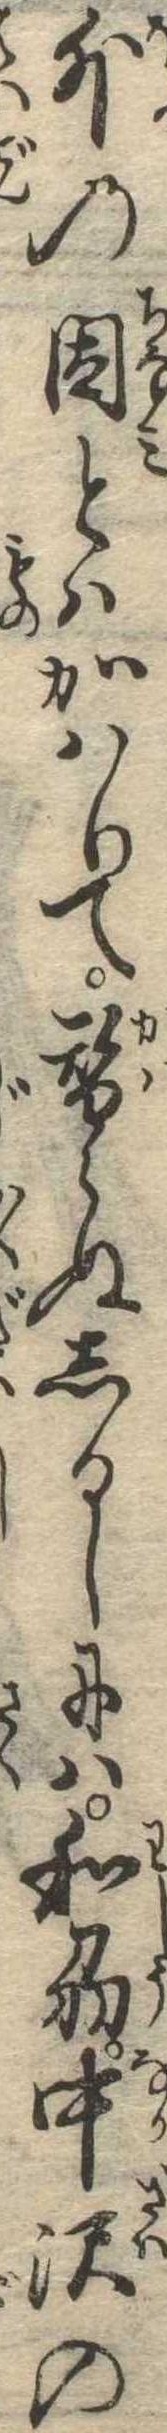
外の因とはかはりて替らぬしるしには和刕中沢の